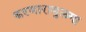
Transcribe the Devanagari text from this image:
करणारामुलगा